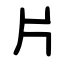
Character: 片